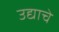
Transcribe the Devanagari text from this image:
उद्याचे